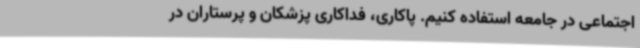
اجتماعی در جامعه استفاده کنیم. پاکاری، فداکاری پزشکان و پرستاران در